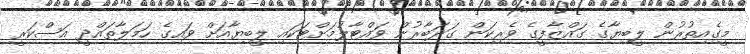
މީގެއިތުރުން ލީބިޔާގެ ގައްޒާފީގެ ވެރިކަން ގަދަބާރުން ވައްޓާލުމަށްޓަކައި ލީބިޔާއަށް ވައިގެ ހަމަލާތައްދީ އަސްކަރީ